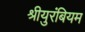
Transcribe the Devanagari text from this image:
श्रीयुरंबियम